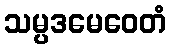
သမ္ပဒမေဝေတံ